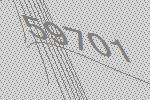
59701